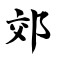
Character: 郊